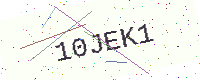
Text: 10JEK1